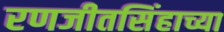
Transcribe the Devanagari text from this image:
रणजीतसिंहाच्या